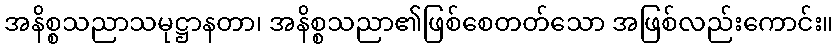
အနိစ္စသညာသမုဋ္ဌာနတာ၊ အနိစ္စသညာ၏ဖြစ်စေတတ်သော အဖြစ်လည်းကောင်း။